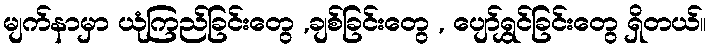
မျက်နာမှာ ယုံကြည်ခြင်းတွေ ,ချစ်ခြင်းတွေ , ပျော်ရွှင်ခြင်းတွေ ရှိတယ်။